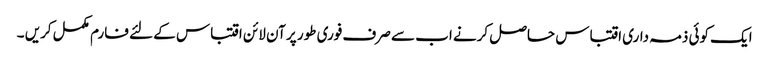
ایک کوئی ذمہ داری اقتباس حاصل کرنے اب سے صرف فوری طور پر آن لائن اقتباس کے لئے فارم مکمل کریں ۔